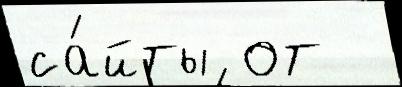
са́йты от